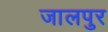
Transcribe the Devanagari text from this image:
जालपुर